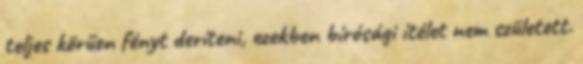
teljes körűen fényt deríteni, ezekben bírósági ítélet nem született.